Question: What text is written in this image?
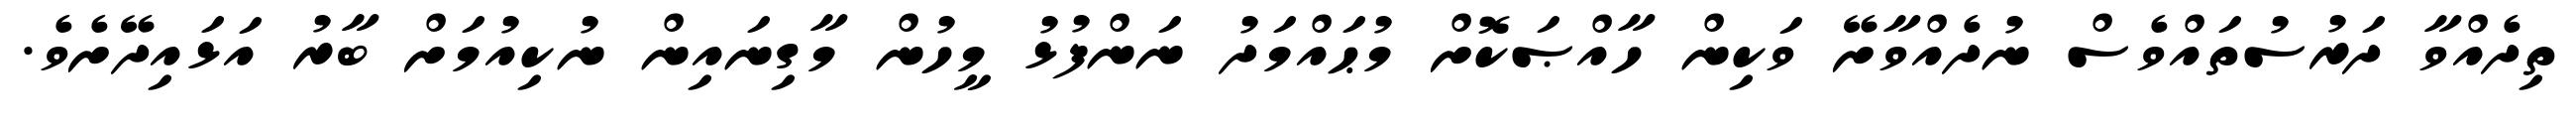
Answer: ތިދެއްވާ ދަރުސުތައްވެސް ނުދެއްވާށޭ ވަކިން ހާއްޞަކޮށް މުޙައްމަދު ނަންފުޅު މީހުން މާގިނައިން ނުކިއުމަށް ބާރު އަޅައިދޭށެވެ.